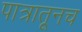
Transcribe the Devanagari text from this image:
पात्रातूनच